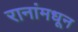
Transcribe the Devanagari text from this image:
रानांमधून